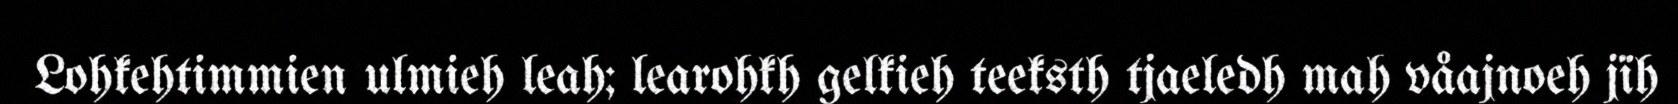
Lohkehtimmien ulmieh leah; learohkh gelkieh teeksth tjaeledh mah våajnoeh jïh